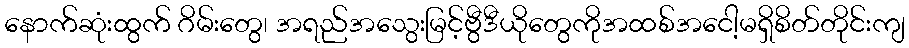
နောက်ဆုံးထွက် ဂိမ်းတွေ၊ အရည်အသွေးမြင့်ဗွီဒီယိုတွေကိုအထစ်အငေါ့မရှိစိတ်တိုင်းကျ